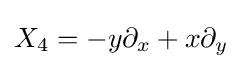
X_{4}=-y\partial _{x}+x\partial _{y}